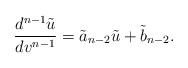
\begin{align*} \frac{d^{n-1}\tilde{u}}{dv^{n-1}}=\tilde{a}_{n-2}\tilde{u}+\tilde{b}_{n-2}.\end{align*}